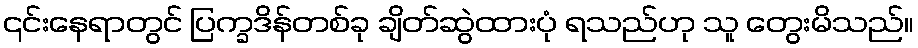
၎င်းနေရာတွင် ပြက္ခဒိန်တစ်ခု ချိတ်ဆွဲထားပုံ ရသည်ဟု သူ တွေးမိသည်။